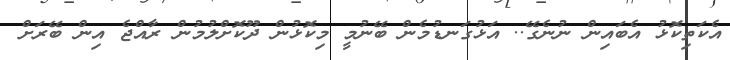
އެކަތިކޮޅު އެބައިން ނުނެގޭ.. އަޅުގަނޑުމެން ބޭނުމީ މިކޮޅުން ދޫކޮށްލުމުން ރާއްޖެ އިން ބޭރަށް